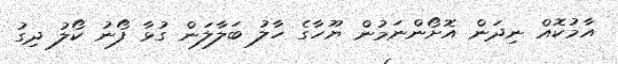
އާމުކޮއް ނިދަން އޮށޯންނަމުން ޔޫހާގެ ހާލު ބަލާލަން ގުޅާ ފޯނު ކޯލު ދިގު